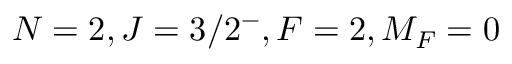
N = 2 , J = 3 / 2 ^ { - } , F = 2 , M _ { F } = 0